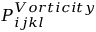
P _ { i j k l } ^ { V o r t i c i t y }